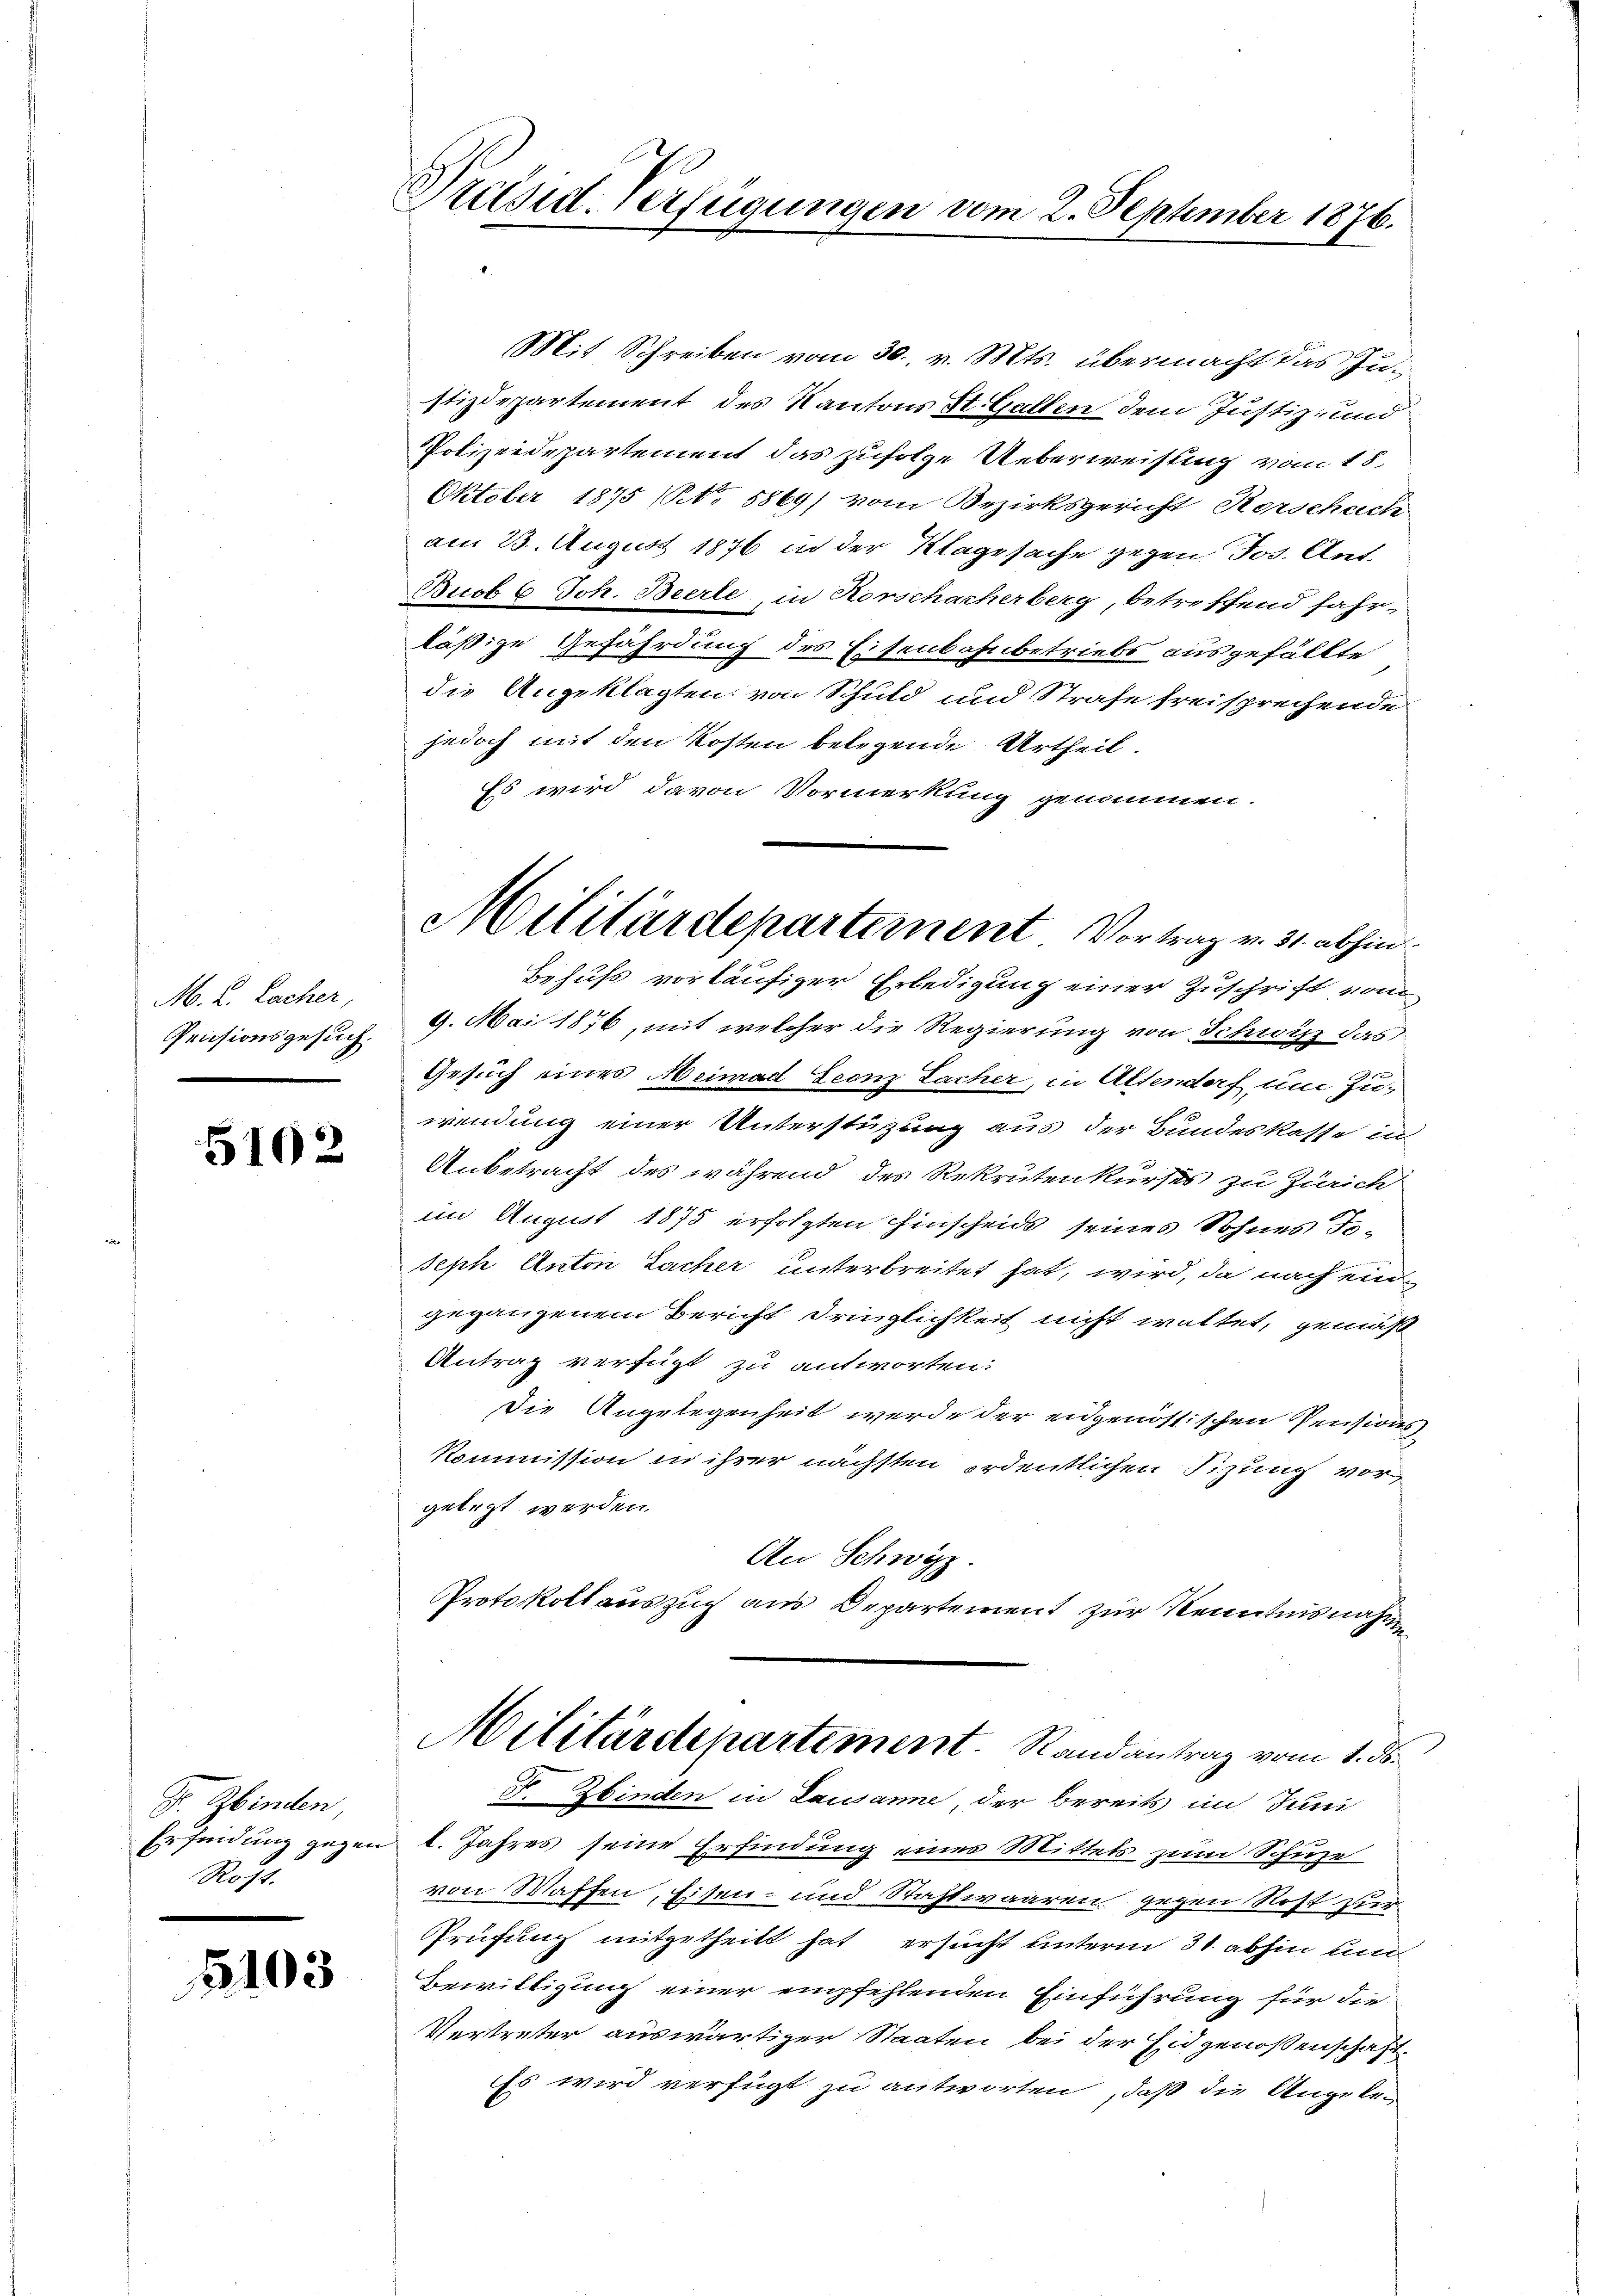
M. L. Lacher,
Pensionsgesuch.

5102

F. Hinden,
Rost.

5103

Präsid. Verfügungen vom 2. September 1876.

Mit Schreiben vom 30. v. Mts. übermacht das Zustizdepartement des Kantons St. Gallen dem Justiz- und
Polizeidepartement das zufolge Ueberweistung vom 18.
Oktober 1875 (NNo. 5869) vom Bezirksgericht Kerschach
am 23. August 1876 in der Klagesache gegen Jos. Ant¬
Buob 6 Joh. Beerte in Horschacherberg, betreffend fahr-
läßige Gefährdung des Eisenbahnbetriebs ausgefällte
die Angeklagten von Schuld und Strafe freisprechende
jedoch mit den Kosten belegende Urtheil.
Es wird davon Vormerkung genommen.
Behufs vorläufiger Erledigung einer Zuschrift vom
9. Mai 1876, mit welcher die Regierung von Schwyz das
Gesuch eines Meimad Leonz Lacher, in Altendorf um zuwendung einer Unterstützung aus der Bundeskasse in
Anbetracht des während des Rekruten kurses zu Zürich
im August 1875 erfolgten Einscheids seines Sohnes To-
Seph Anton Lacher unterbreitet hat, wird, da nach eingegangenem Bericht dringlichkeit nicht waltet, gemäß
Antrag verfügt zu antworten:
Die Angelegenheit werde der eidgenössischen Pensions¬
Kommission in ihrer nächsten ordentlichen Sitzung vor
gelegt werden.
An Schwyz.
Protokoll auszug aus Departement zur Kenntnisnahme
Militärdepartement. Randantrag vom 1. ds.
F. Zbinden in Lausanne, der bereits im Juni
Erfindung gegen l. Jahres seine Erfindung eines Mittels zum Schuze
von Waffen, Eisen- und Staftwaaren gegen Rost zur
Prüfung mitgetheilt hat ersucht unterm 31. abhin un
Bewilligung einer empfehlenden Einführung für die
Vertreter auswärtiger Staaten bei der Eidgenoßenschaft.
Es wird verfügt zu antworten, daß die Angele¬

Militärdeparternent. Vortrag v. 31. abhin